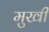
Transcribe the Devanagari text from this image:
मुखीं